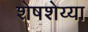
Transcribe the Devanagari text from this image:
शेषशेय्या